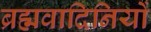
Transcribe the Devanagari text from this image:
ब्रह्मवादिनियों